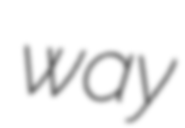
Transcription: way